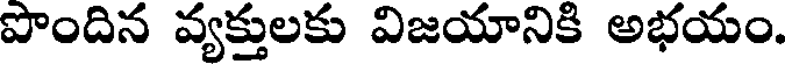
పొందిన వ్యక్తులకు విజయానికి అభయం.